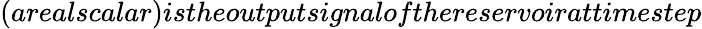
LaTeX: (arealscalar)istheoutputsignalofthereservoirattimestep